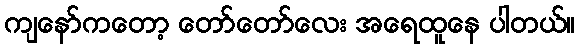
ကျနော်ကတော့ တော်တော်လေး အရေထူနေ ပါတယ်။